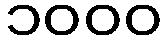
၁၀၀၀